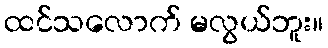
ထင်သလောက် မလွယ်ဘူး။